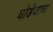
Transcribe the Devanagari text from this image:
घोडेजात्रा